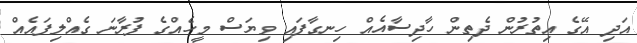
އަދި އޭގެ އިތުރުން ދެތިން ހާދިސާއެއް ހިނގާފައި ވިޔަސް މީހެއްގެ ފުރާނަ ގެއްލިފައެއް